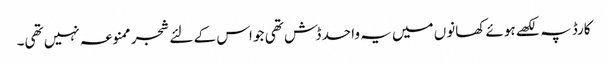
کارڈ پہ لکھے ہوئے کھانوں میں یہ واحد ڈش تھی جو اس کے لئے شجر ممنوعہ نہیں تھی۔